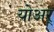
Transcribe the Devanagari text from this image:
योअर्